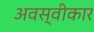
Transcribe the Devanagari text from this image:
अवस्वीकार